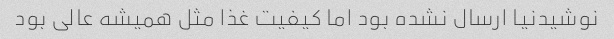
نوشیدنیا ارسال نشده بود اما کیفیت غذا مثل همیشه عالی بود